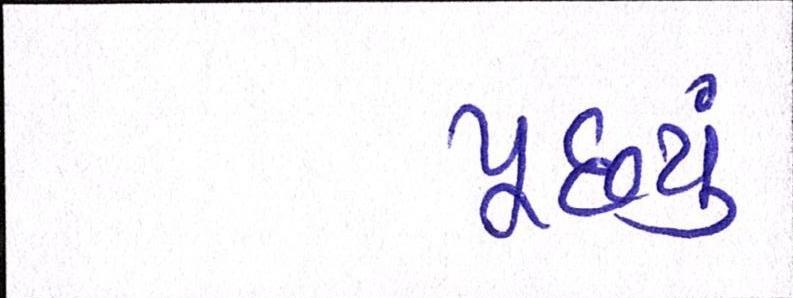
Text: પૂછ્યું